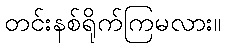
တင်းနစ်ရိုက်ကြမလား။